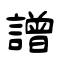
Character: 譄